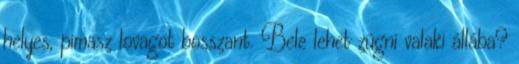
helyes, pimasz lovagot bosszant. Bele lehet zúgni valaki állába?